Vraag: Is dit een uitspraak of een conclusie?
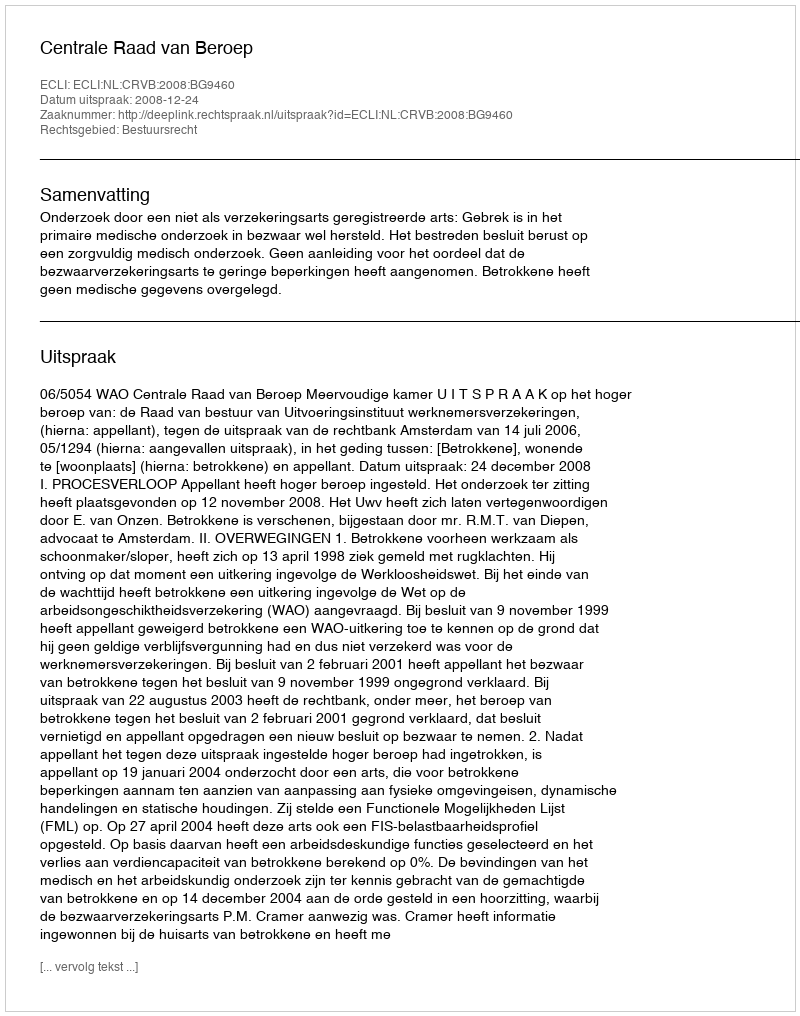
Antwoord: Uitspraak